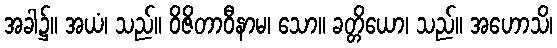
အခါ၌။ အယံ၊ သည်။ ဝိဇိတာဝီနာမ၊ သော။ ခတ္တိယော၊ သည်။ အဟောသိ၊